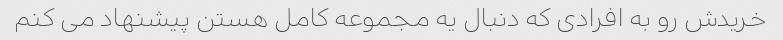
خریدش رو به افرادی که دنبال یه مجموعه کامل هستن پیشنهاد می کنم